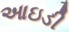
આઇડી